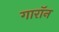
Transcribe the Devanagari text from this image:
गारॉन